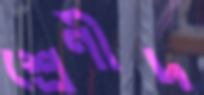
শ্রেণীদ